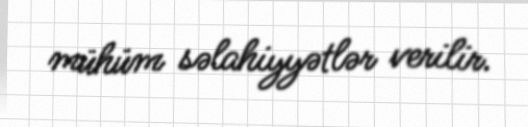
mühüm səlahiyyətlər verilir.